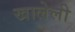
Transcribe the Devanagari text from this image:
खालेली